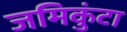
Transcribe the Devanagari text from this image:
जमिकुंटा